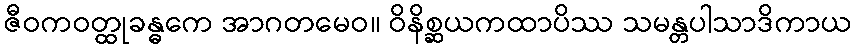
ဇီဝကဝတ္ထုခန္ဓကေ အာဂတမေဝ။ ဝိနိစ္ဆယကထာပိဿ သမန္တပါသာဒိကာယ